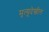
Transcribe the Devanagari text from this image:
मृत्यूदेखील